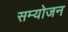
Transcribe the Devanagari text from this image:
सम्योजन